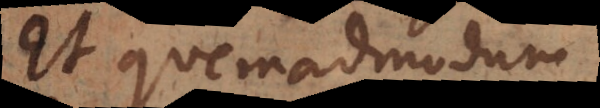
Et quemadmodum,